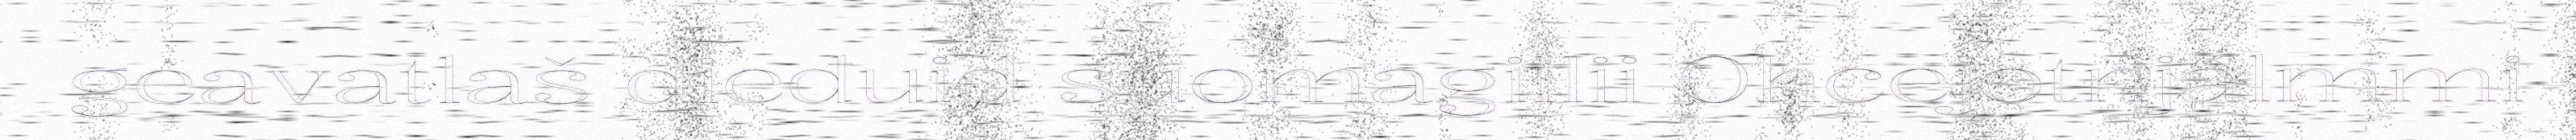
geavatlaš dieđuid suomagillii Ohcejotnjálmmi